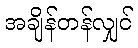
အချိန်တန်လျှင်